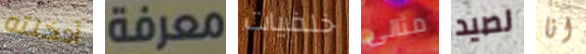
أدخلته معرفة خلفيات مثالى لصيد انا